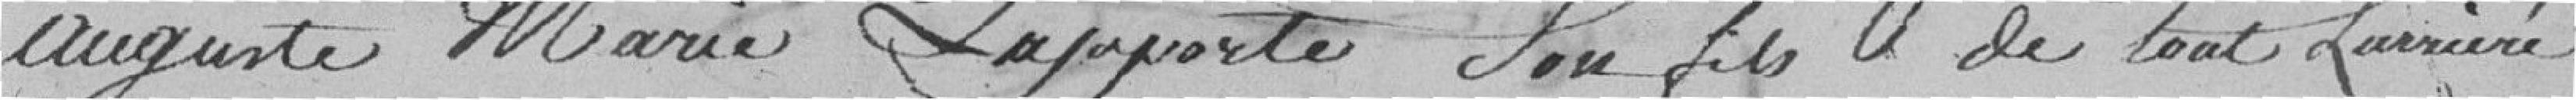
Auguste Marie Lapporte son fils de tout